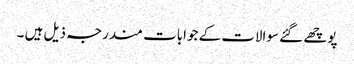
پوچھے گئے سوالات کے جوابات مندرجہ ذیل ہیں ۔